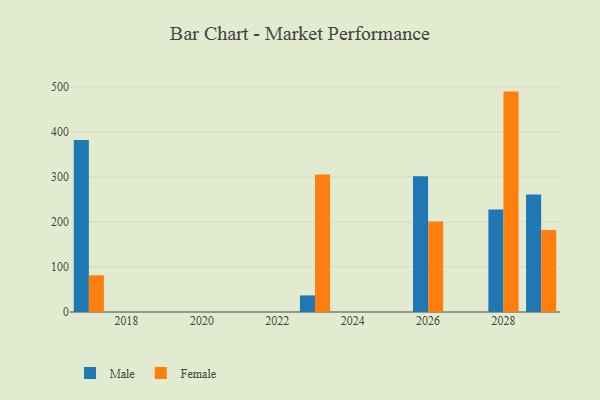
{"axis": {"x": "Year", "y": "Churn Rate (%)"}, "legend": ["Female", "Male"], "data": [{"x": "2017", "y": 382.2, "type": "Male"}, {"x": "2017", "y": 81.6, "type": "Female"}, {"x": "2028", "y": 227.8, "type": "Male"}, {"x": "2028", "y": 489.6, "type": "Female"}, {"x": "2023", "y": 36.8, "type": "Male"}, {"x": "2023", "y": 305.2, "type": "Female"}, {"x": "2029", "y": 261.1, "type": "Male"}, {"x": "2029", "y": 182.0, "type": "Female"}, {"x": "2026", "y": 301.8, "type": "Male"}, {"x": "2026", "y": 201.1, "type": "Female"}]}